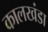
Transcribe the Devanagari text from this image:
कालखंडा